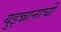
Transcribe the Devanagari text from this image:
युइन्नानाची